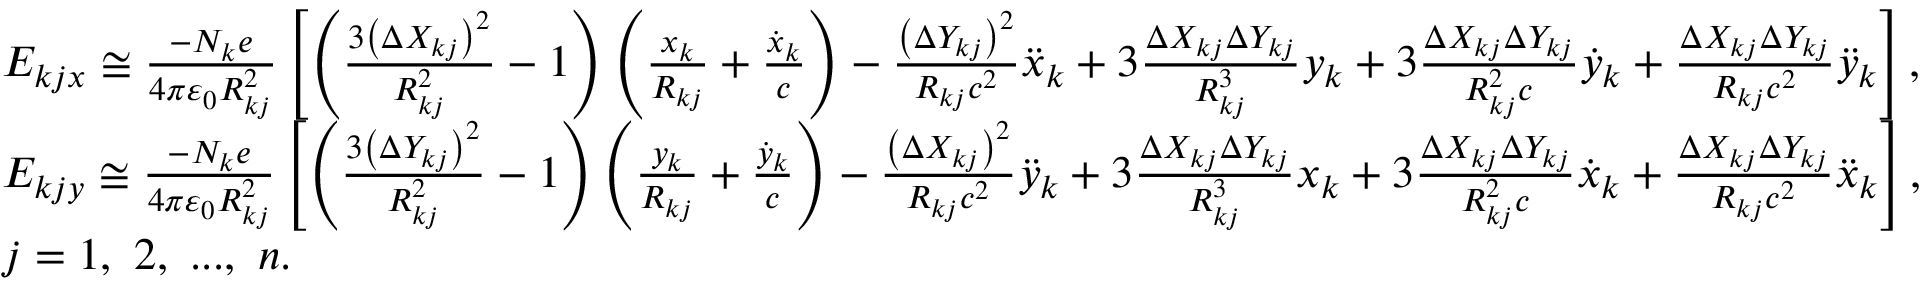
\begin{array} { r l } & { E _ { k j x } \cong \frac { - N _ { k } e } { 4 \pi \varepsilon _ { 0 } R _ { k j } ^ { 2 } } \left[ \left( \frac { 3 \left( \Delta X _ { k j } \right) ^ { 2 } } { R _ { k j } ^ { 2 } } - 1 \right) \left( \frac { x _ { k } } { R _ { k j } } + \frac { \dot { x } _ { k } } { c } \right) - \frac { \left( \Delta Y _ { k j } \right) ^ { 2 } } { R _ { k j } c ^ { 2 } } \ddot { x } _ { k } + 3 \frac { \Delta X _ { k j } \Delta Y _ { k j } } { R _ { k j } ^ { 3 } } y _ { k } + 3 \frac { \Delta X _ { k j } \Delta Y _ { k j } } { R _ { k j } ^ { 2 } c } \dot { y } _ { k } + \frac { \Delta X _ { k j } \Delta Y _ { k j } } { R _ { k j } c ^ { 2 } } \ddot { y } _ { k } \right] , } \\ & { E _ { k j y } \cong \frac { - N _ { k } e } { 4 \pi \varepsilon _ { 0 } R _ { k j } ^ { 2 } } \left[ \left( \frac { 3 \left( \Delta Y _ { k j } \right) ^ { 2 } } { R _ { k j } ^ { 2 } } - 1 \right) \left( \frac { y _ { k } } { R _ { k j } } + \frac { \dot { y } _ { k } } { c } \right) - \frac { \left( \Delta X _ { k j } \right) ^ { 2 } } { R _ { k j } c ^ { 2 } } \ddot { y } _ { k } + 3 \frac { \Delta X _ { k j } \Delta Y _ { k j } } { R _ { k j } ^ { 3 } } x _ { k } + 3 \frac { \Delta X _ { k j } \Delta Y _ { k j } } { R _ { k j } ^ { 2 } c } \dot { x } _ { k } + \frac { \Delta X _ { k j } \Delta Y _ { k j } } { R _ { k j } c ^ { 2 } } \ddot { x } _ { k } \right] , } \\ & { j = 1 , ~ 2 , ~ . . . , ~ n . } \end{array}